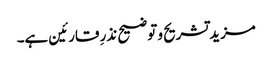
مزید تشریح و توضیح نذرِ قارئین ہے۔